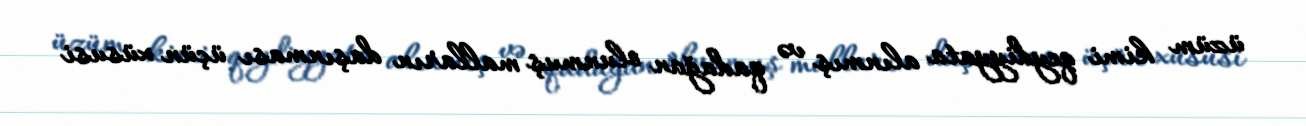
üzüm kimi qeydiyyata alınmış və qadağan olunmuş malların daşınması üçün xüsusi